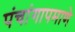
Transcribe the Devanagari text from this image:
पंचांगापमाणे